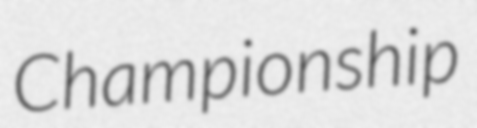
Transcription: Championship